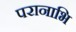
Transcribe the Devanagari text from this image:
परानाभि